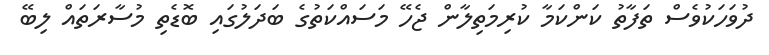
ދުވަހަކުވެސް ތަފާތު ކަންކަމާ ކުރިމަތިލާން ޖެހޭ މަސައްކަތުގެ ބަދަލުގައި ބޮޑެތި މުސާރަތައް ލިބޭ